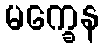
မက္ခေန